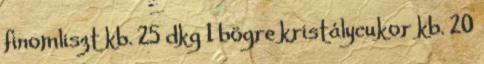
finomliszt kb. 25 dkg 1 bögre kristálycukor kb. 20